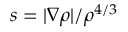
s = | \nabla \rho | / \rho ^ { 4 / 3 }